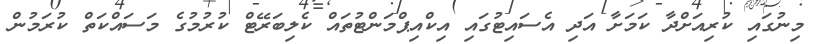
މިނުގައި ކުރިއަށްދާ ކަމަށާ އަދި އެސައިޓުގައި އިކްއިޕްމަންޓުތައް ކެލިބަރޭޓް ކުރުމުގެ މަސައްކަތް ކުރަމުން